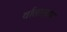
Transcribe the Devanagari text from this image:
र्वातालाप